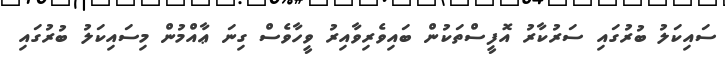
ސައިކަލު ބުރުގައި ސަރުކާރު އޮފީސްތަކުން ބައިވެރިވާއިރު ވީހާވެސް ގިނަ ޢާއްމުން މިސައިކަލު ބުރުގައި